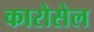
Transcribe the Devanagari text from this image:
कारोसेल